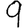
Digit: 9